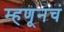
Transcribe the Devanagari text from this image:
म्हणूनचं